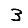
Digit: 3